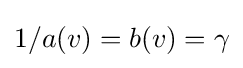
1/a(v)=b(v)=\gamma